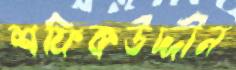
শফিকউদ্দীন